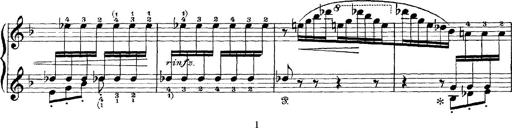
Title: Scherzo und Marsch
Composer: Franz Liszt